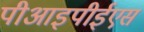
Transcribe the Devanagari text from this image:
पीआइपीईएस